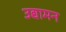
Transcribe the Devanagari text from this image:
उद्यामन